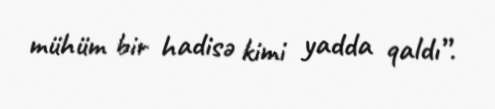
mühüm bir hadisə kimi yadda qaldı”.